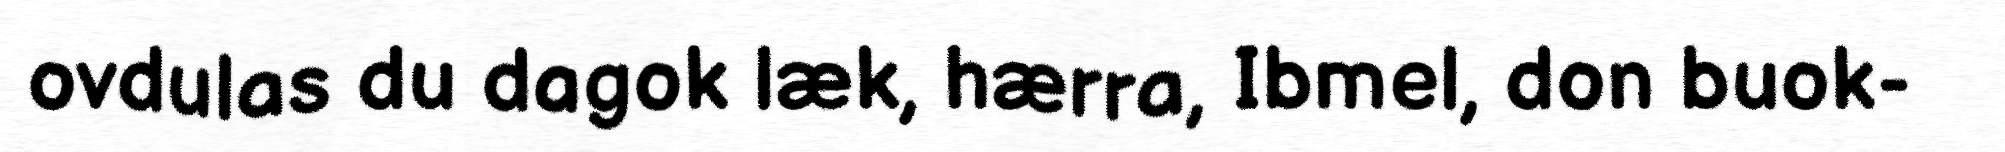
ovdulas du dagok læk, hærra, Ibmel, don buok-